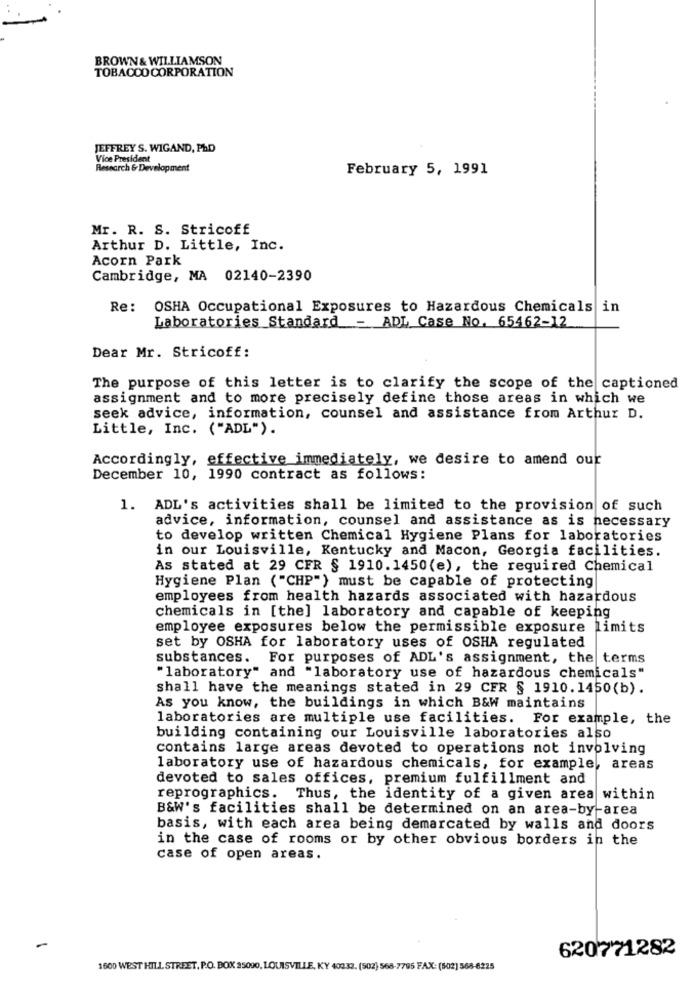
BROWN & WILLIAMSON
TOBACCO CORPORATION
JEFFREY S. WIGAND, PhD
Vice President
Research & Development
February 5, 1991
Mr. R. S. Stricoff
Arthur D. Little, Inc.
Acorn Park
Cambridge, MA 02140-2390
Re:
OSHA Occupational Exposures to Hazardous Chemicals in
Laboratories_Standard - ADL Case No. 65462-12
Dear Mr. Stricoff:
The purpose of this letter is to clarify the scope of the captioned
assignment and to more precisely define those areas in which we
seek advice, information, counsel and assistance from Arthur D.
Little, Inc. ("ADL").
Accordingly, effective immediately, we desire to amend our
December 10, 1990 contract as follows:
1. ADL's activities shall be limited to the provision of such
advice, information, counsel and assistance as is necessary
to develop written Chemical Hygiene Plans for laboratories
in our Louisville, Kentucky and Macon, Georgia facilities.
As stated at 29 CFR § 1910.1450(e), the required Chemical
Hygiene Plan ("CHP") must be capable of protecting
employees from health hazards associated with hazardous
chemicals in [the] laboratory and capable of keeping
employee exposures below the permissible exposure limits
set by OSHA for laboratory uses of OSHA regulated
substances. For purposes of ADL's assignment, the terms
"laboratory" and "laboratory use of hazardous chemicals"
shall have the meanings stated in 29 CFR § 1910.1450(b).
As you know, the buildings in which B&W maintains
laboratories are multiple use facilities. For example, the
building containing our Louisville laboratories also
contains large areas devoted to operations not involving
laboratory use of hazardous chemicals, for example, areas
devoted to sales offices, premium fulfillment and
reprographics. Thus, the identity of a given area within
B&W's facilities shall be determined on an area-by-area
basis, with each area being demarcated by walls and doors
in the case of rooms or by other obvious borders in the
case of open areas.
-
620771282
1600 WEST HILL STREET, P.O. BOX 35090, LOUISVILLE, KY 40233. (502) 568-7795 FAX: (502) 568-6225